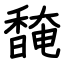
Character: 馣